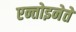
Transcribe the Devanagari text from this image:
एन्तोइनेते